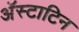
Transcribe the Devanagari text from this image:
अॅस्टाटिन